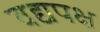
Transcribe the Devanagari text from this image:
वद्यपक्ष